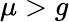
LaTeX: \mu>g